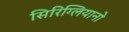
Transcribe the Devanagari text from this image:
सिरिग्लियानो